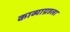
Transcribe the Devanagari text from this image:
काव्याग्रहला